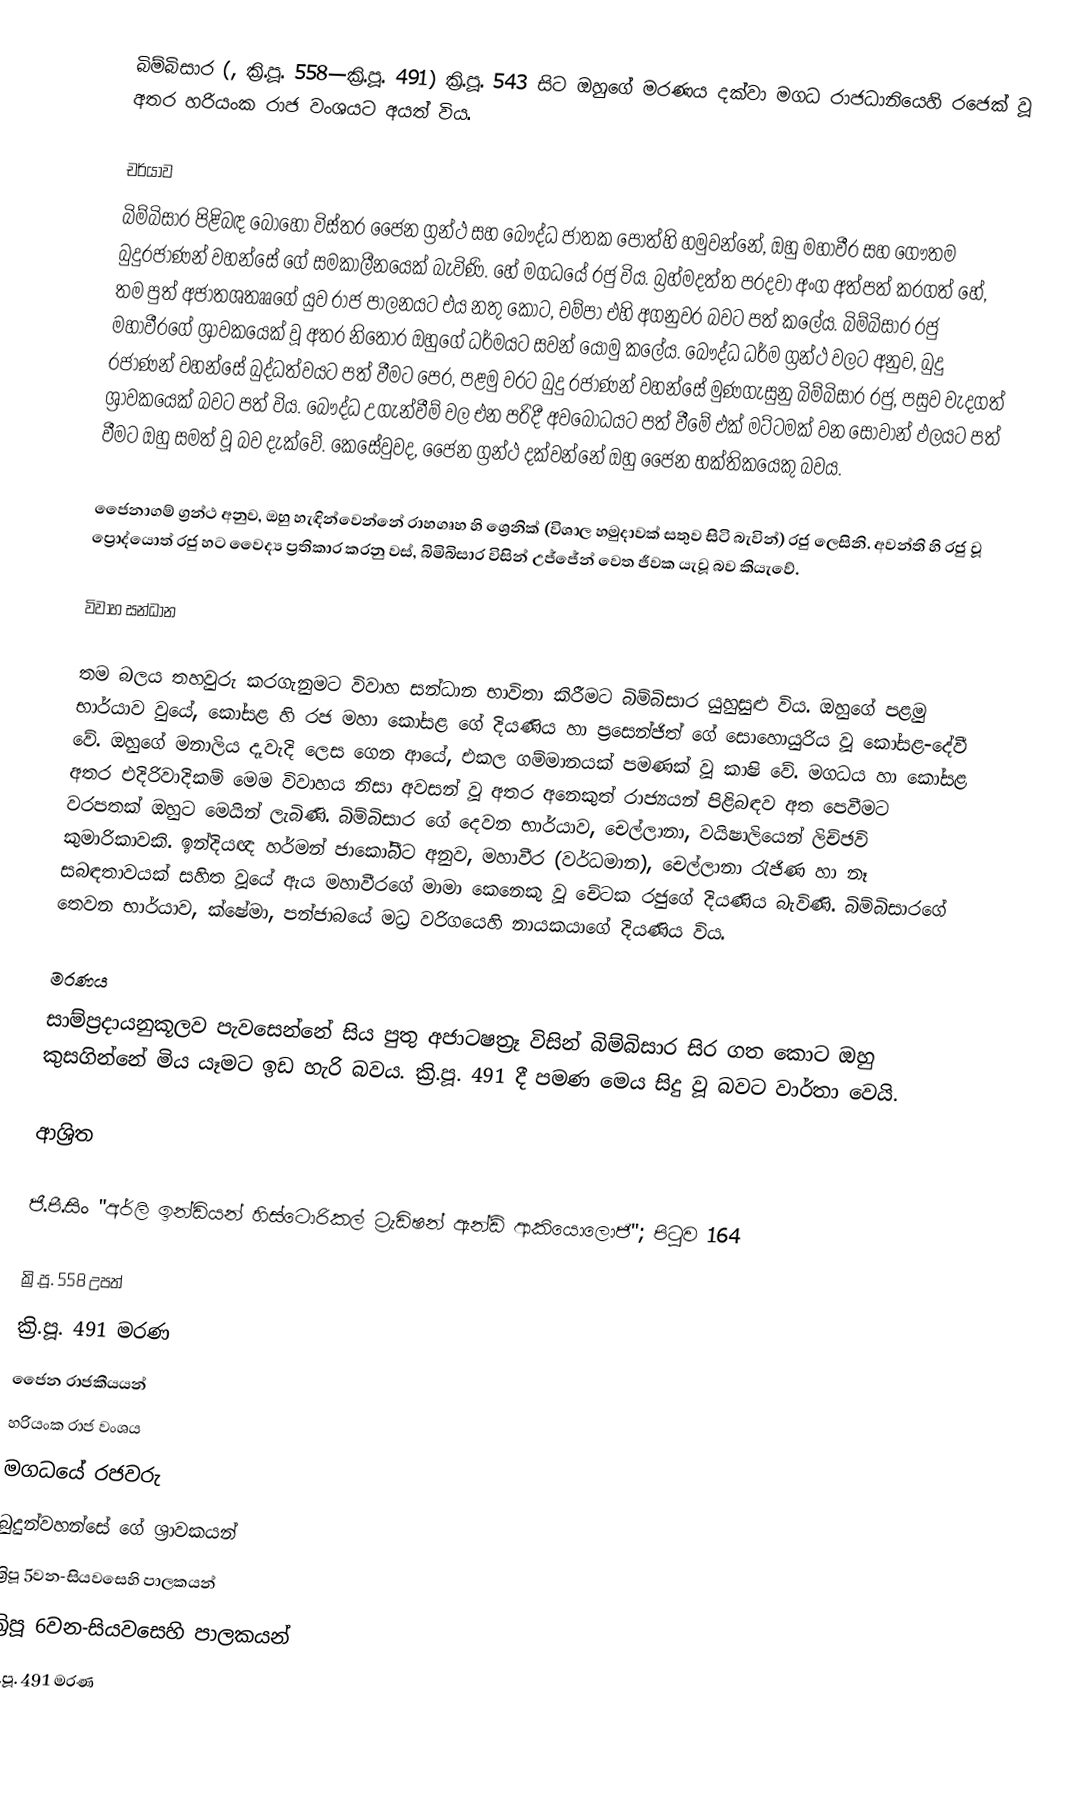
බිම්බිසාර (, ක්‍රි.පූ. 558—ක්‍රි.පූ. 491) ක්‍රි.පූ. 543 සිට ඔහුගේ මරණය දක්වා  මගධ රාජධානියෙහි රජෙක් වූ අතර  හරියංක රාජ වංශයට අයත් විය.

චර්යාව
බිම්බිසාර පිළිබඳ බොහෝ විස්තර ජෛන ග්‍රන්ථ සහ  බෞද්ධ ජාතක පොත්හි හමුවන්නේ, ඔහු  මහාවීර සහ  ගෞතම බුදුරජාණන් වහන්සේ ගේ සමකාලීනයෙක් බැවිණි. හේ  මගධයේ රජු විය. බ්‍රහ්මදත්ත පරදවා අංග අත්පත් කරගත් හේ,  තම පුත් අජාතශතෲගේ යුව රාජ පාලනයට එය නතු කොට, චම්පා එහි අගනුවර බවට පත් කලේය. බිම්බිසාර රජු මහාවීරගේ ශ්‍රාවකයෙක් වූ අතර නිතොර ඔහුගේ ධර්මයට සවන් යොමු කලේය. බෞද්ධ ධර්ම ග්‍රන්ථ වලට අනුව, බුදු රජාණන් වහන්සේ බුද්ධත්වයට පත් වීමට පෙර, පළමු වරට  බුදු රජාණන් වහන්සේ මුණගැසුනු  බිම්බිසාර රජු, පසුව වැදගත් ශ්‍රාවකයෙක් බවට පත් විය.  බෞද්ධ උගැන්වීම් වල එන පරිදී අවබෝධයට පත් වීමේ එක් මට්ටමක් වන සෝවාන් ඵලයට පත් වීමට ඔහු සමත් වූ බව දැක්වේ. කෙසේවුවද, ජෛන ග්‍රන්ථ දක්වන්නේ ඔහු ජෛන භක්තිකයෙකු බවය.

ජෛනාගම් ග්‍රන්ථ අනුව, ඔහු හැඳින්වෙන්නේ  රාහගෘහ හි ශ්‍රෙනික් (විශාල හමුදාවක් සතුව සිටි බැවින්) රජු ලෙසිනි. අවන්ති හි රජු වූ ප්‍රොද්යොත් රජු හට වෛද්‍ය ප්‍රතිකාර කරනු වස්, බිමිබිසාර විසින් උජ්ජේන් වෙත ජීවක  යැවූ බව කියැවේ.

විවාහ සන්ධාන

තම බලය තහවුරු කරගැනුමට විවාහ සන්ධාන භාවිතා කිරීමට බිම්බිසාර යුහුසුළු විය. ඔහුගේ පළමු භාර්යාව වුයේ,  කෝසළ හි රජ මහා කෝසළ ගේ දියණිය හා ප්‍රසෙන්ජිත් ගේ සොහොයුරිය වූ කෝසළ-දේවී වේ. ඔහුගේ මනාලිය දෑවැදි ලෙස ගෙන ආයේ, එකල ගම්මානයක් පමණක් වූ  කාෂි වේ. මගධය හා කෝසළ අතර එදිරිවාදිකම් මෙම විවාහය නිසා අවසන් වූ අතර අනෙකුත් රාජ්‍යයන් පිළිබඳව අත පෙවීමට වරපතක් ඔහුට මෙයින් ලැබිණි. බිම්බිසාර ගේ දෙවන භාර්යාව, චෙල්ලානා, වයිෂාලියෙන් ලිච්ඡවි කුමාරිකාවකි. ඉන්දියඥ හර්මන් ජාකෝබීට අනුව, මහාවීර (වර්ධමාන), චෙල්ලානා රැජිණ හා  ‍නෑ සබඳතාවයක් සහිත වූයේ ඇය මහාවීරගේ මාමා කෙනෙකු වූ  චේටක රජුගේ දියණිය බැවිණි. බිම්බිසාරගේ තෙවන භාර්යාව, ක්ෂේමා, පන්ජාබයේ මධ්‍ර වරිගයෙහි නායකයාගේ දියණිය විය.

මරණය
සාම්ප්‍රදායනුකූලව පැවසෙන්නේ සිය පුතු අජාටෂත්‍රෑ විසින් බිම්බිසාර සිර ගත කොට ඔහු කුසගින්නේ මිය යෑමට ඉඩ හැරි බවය. ක්‍රි.පූ. 491 දී පමණ මෙය සිදු වූ බවට වාර්තා වෙයි.

ආශ්‍රිත

 ජී.පී.සිං "අර්ලි ඉන්ඩියන් හිස්ටොරිකල් ට්‍රැඩිෂන් ඇන්ඩ් ආකියොලොජි"; පිටුව 164

ක්‍රි.පූ. 558 උපත්
ක්‍රි.පූ. 491 මරණ
ජෛන රාජකීයයන්
හරියංක රාජ වංශය
මගධයේ රජවරු
බුදුන්වහන්සේ ගේ ශ්‍රාවකයන්
ක්‍රිපූ 5වන-සියවසෙහි පාලකයන්
ක්‍රිපූ 6වන-සියවසෙහි පාලකයන්
ක්‍රි.පූ. 491 මරණ